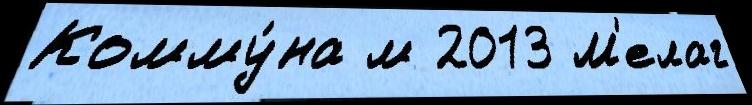
Комму́на м 2013 М'елаг